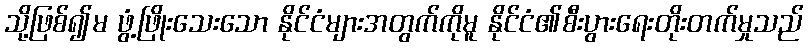
သို့ဖြစ်၍မ ဖွံ့ဖြိုးသေးသော နိုင်ငံများအတွက်ကိုမူ နိုင်ငံ၏စီးပွားရေးတိုးတက်မှုသည်